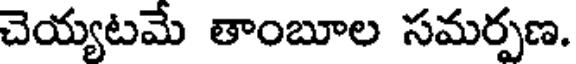
చెయ్యటమే తాంబూల సమర్పణ.